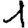
Digit: 1